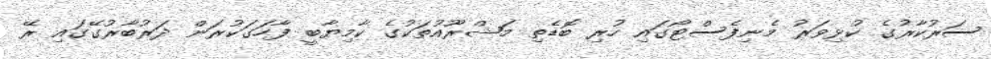
ސަރުކާރުގެ ކުޅިވަރު މެނިފެސްޓޯގައި ހުރި ބޮޑެތި މަޝްރޫއުތަކުގެ ކާމިޔާބީ ފާހަގަކުރަން ދަރުބާރުގޭގައި ރޭ